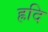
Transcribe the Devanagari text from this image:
ह्रदि